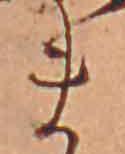
ま